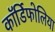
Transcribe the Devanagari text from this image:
कॉर्डिफोलिया